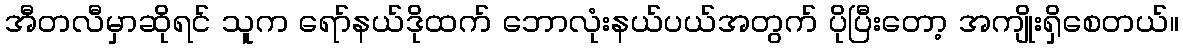
အီတလီမှာဆိုရင် သူက ရော်နယ်ဒိုထက် ဘောလုံးနယ်ပယ်အတွက် ပိုပြီးတော့ အကျိုးရှိစေတယ်။